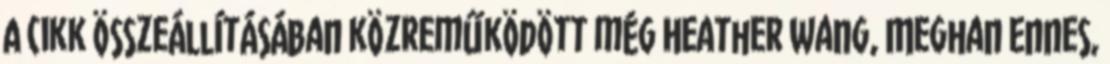
A cikk összeállításában közreműködött még Heather Wang, Meghan Ennes,